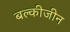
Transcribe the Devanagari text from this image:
बल्कीजीन